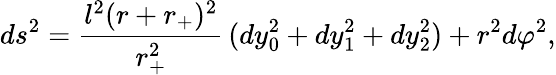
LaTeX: ds^{2}=\frac{l^{2}(r+r_{+})^{2}}{r_{+}^{2}}\, (dy_{0}^{2}+dy_{1}^{2}+dy_{2}^{2})+r^{2}d\varphi^{2},